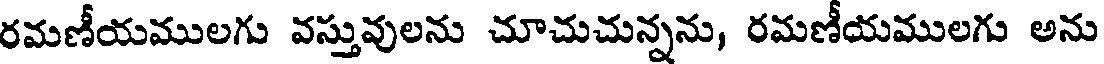
రమణీయములగు వస్తువులను చూచుచున్నను, రమణీయములగు అను